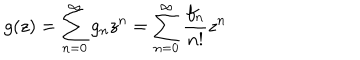
g ( z ) = \sum _ { n = 0 } ^ { \infty } { g _ { n } z ^ { n } } = \sum _ { n = 0 } ^ { \infty } { \frac { f _ { n } } { n ! } z ^ { n } }